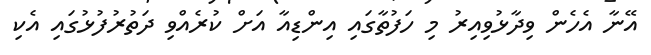
އޭނާ އެހެން ވިދާޅުވިއިރު މި ހަފުތާގައި އިންޑިއާ އަށް ކުރެއްވި ދަތުރުފުޅުގައި އެކި